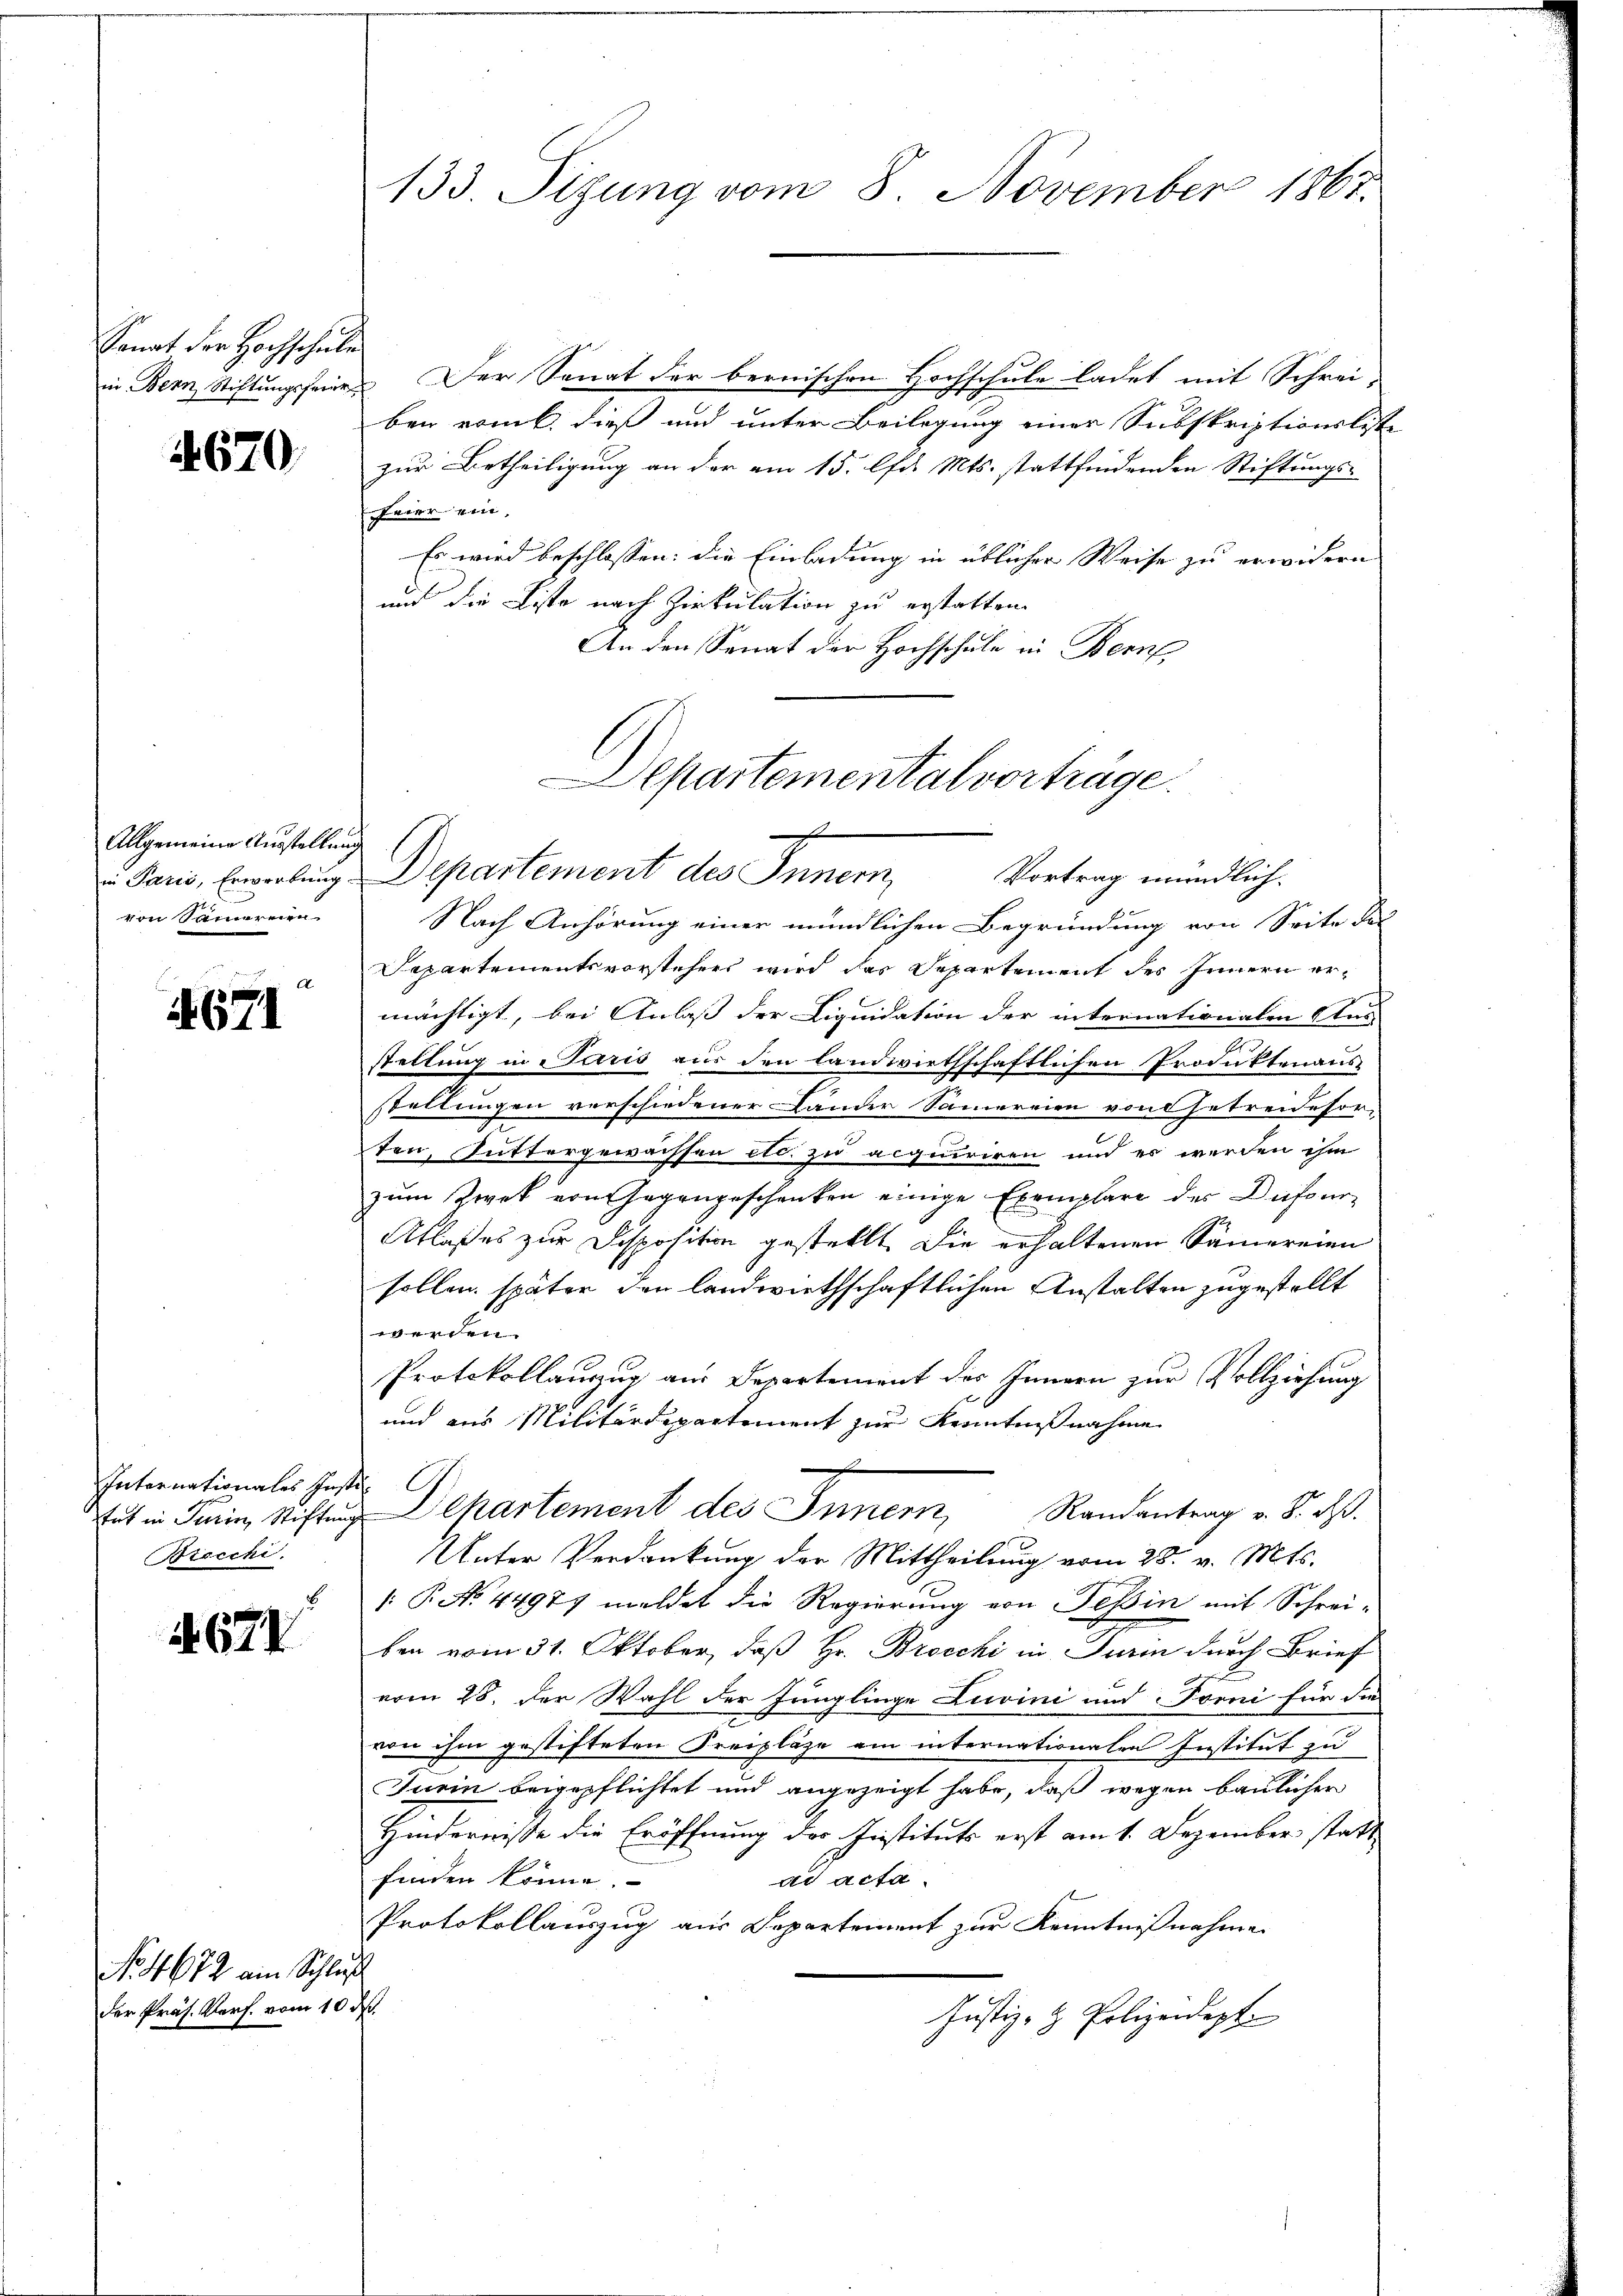
Sanat der Hochschule

4670.

Allgemeine Ausstellung
in Parzić, Erwerbung
von Samereien

1671

Internationales Inst
trt in Turin, Stiftung
Brecchi.
8

N. 671

No. 4672 am Schluß
der Präs. Verf. vom 10 d

133. Sizung vom 8. November 1867.

in Bern Stiftungsfeine Der Senat der bernischen Hochschule ladet mit Schreiben rank, dieß und unter Beilegung einer Subskriptionsliste
zur Betheiligung an der am 15. lfd. Mts. stattfindenden Stiftungs-
feier ein,
Es wird beschlossen: die Einladung in üblicher Weise zu erwidern
und die Liste nach Zirkulation zu erstatten.
An den Senat der Hochschule in Bern
Separtementsvorstehers wird das Departement des Innern ermächtigt, bei Anlaß der Liquidation der internationalen las
stellung in Paris aus den landwirthschaftlichen Produktenaus
stellungen verschiedener Lander Samereien von Getreidesor-
ten, Suttergewachsen etc. zu acquiriren und es werden ihm
zum Zwek von Gegengeschenken einige Exemplare der Dufour-
Atlasses zur Disposition gestellt. Die erhaltenen Sämereien
sollen später den landwirthschaftlichen Anstalten zugestellt
enten
Protokollauszug aus Departement des Innern zur Vollziehung
und aus Militärdepartement zur Kenntnißnahme
G
Departement des Innern, Randantrag v. d. d.
Unter Verdankung der Mittheilung vom 28. v. Mts.
 P. No. 44971 meldet die Regierung von Tessin mit Schrei-
ben vom 31. Oktober, daß Hr. Brocchi in Turin durch Brief
vom 28. Der Wahl der Jringlinge Luvini und Forni für die
von ihm gestifteten Freipläge am internationalen Institut zu
Turin beigepflichtet und angezeigt habe, daß wegen baulicher
Hindernisse die Eröffnung des Instituts erst am 1. Dezember statt
finden könne.
ad acta.
Protokollauszug aus Departement zur Kenntnißnahme
s
Justiz- & Polizeidept

Departemental vorträge.
Departement des Innern,
Vortrag mündlich.
Nach Anhörung einer mündlichen Begründung von Seite des